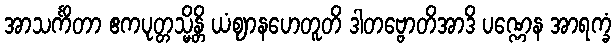
အာသင်္ကိတာ ဧကပုတ္တသ္မိန္တိ ယံဈာနဟေတူတိ ဒါတဗ္ဗောတိအာဒိ ပဏ္ဏေန အာရက္ခံ